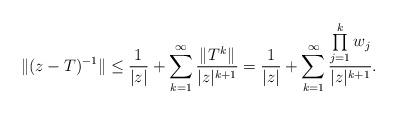
LaTeX: \begin{align*}\|(z-T)^{-1}\|\leq\frac{1}{|z|}+\sum\limits_{k=1}^{\infty}\frac{\|T^k\|}{|z|^{k+1}}=\frac{1}{|z|}+\sum\limits_{k=1}^{\infty}\frac{\prod\limits_{j=1}^{k}w_{j}}{|z|^{k+1}}.\end{align*}